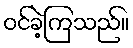
ဝင်ခဲ့ကြသည်။